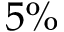
5 \%